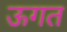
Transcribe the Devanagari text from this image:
ऊगत